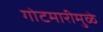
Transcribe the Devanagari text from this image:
गोटमारीमुळे